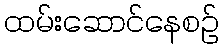
ထမ်းဆောင်နေစဉ်